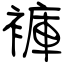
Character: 褲